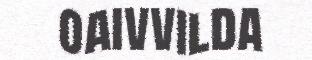
oaivvilda